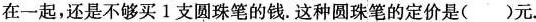
在一起，还是不够买1支圆珠笔的钱。这种圆珠笔的定价是( )元。